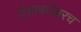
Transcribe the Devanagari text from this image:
देशाबरोबरच